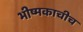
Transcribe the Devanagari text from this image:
भीष्मकाचीच